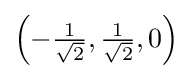
\left(-{\tfrac {1}{\sqrt {2}}},{\tfrac {1}{\sqrt {2}}},0\right)